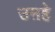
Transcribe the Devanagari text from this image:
उऩहे